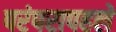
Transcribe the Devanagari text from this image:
परंपरापहले